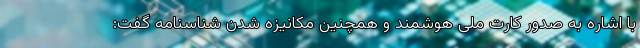
با اشاره به صدور کارت ملی هوشمند و همچنین مکانیزه شدن شناسنامه‌ گفت: